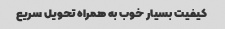
کیفیت بسیار خوب به همراه تحویل سریع